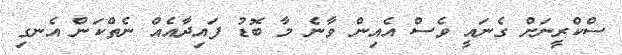
ސްކްރީނަށް ގެނައީ ވެސް އެއިން ވާނެ މާ ބޮޑު ފައިދާއެއް ނެތްކަން އެނގި